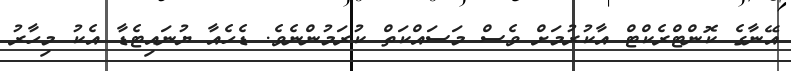
އޭނާގެ ކޮންޓްރެކްޓް އާކުރުމަށް ވެސް މަސައްކަތް ކުރަމުންނެވެ. ޑެހެއާ ޔުނައިޓެޑާ އެކު މިހާރު